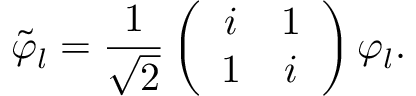
\tilde { \varphi } _ { l } = \frac { 1 } { \sqrt { 2 } } \left( \begin{array} { c c } { i } & { 1 } \\ { 1 } & { i } \end{array} \right) \varphi _ { l } .